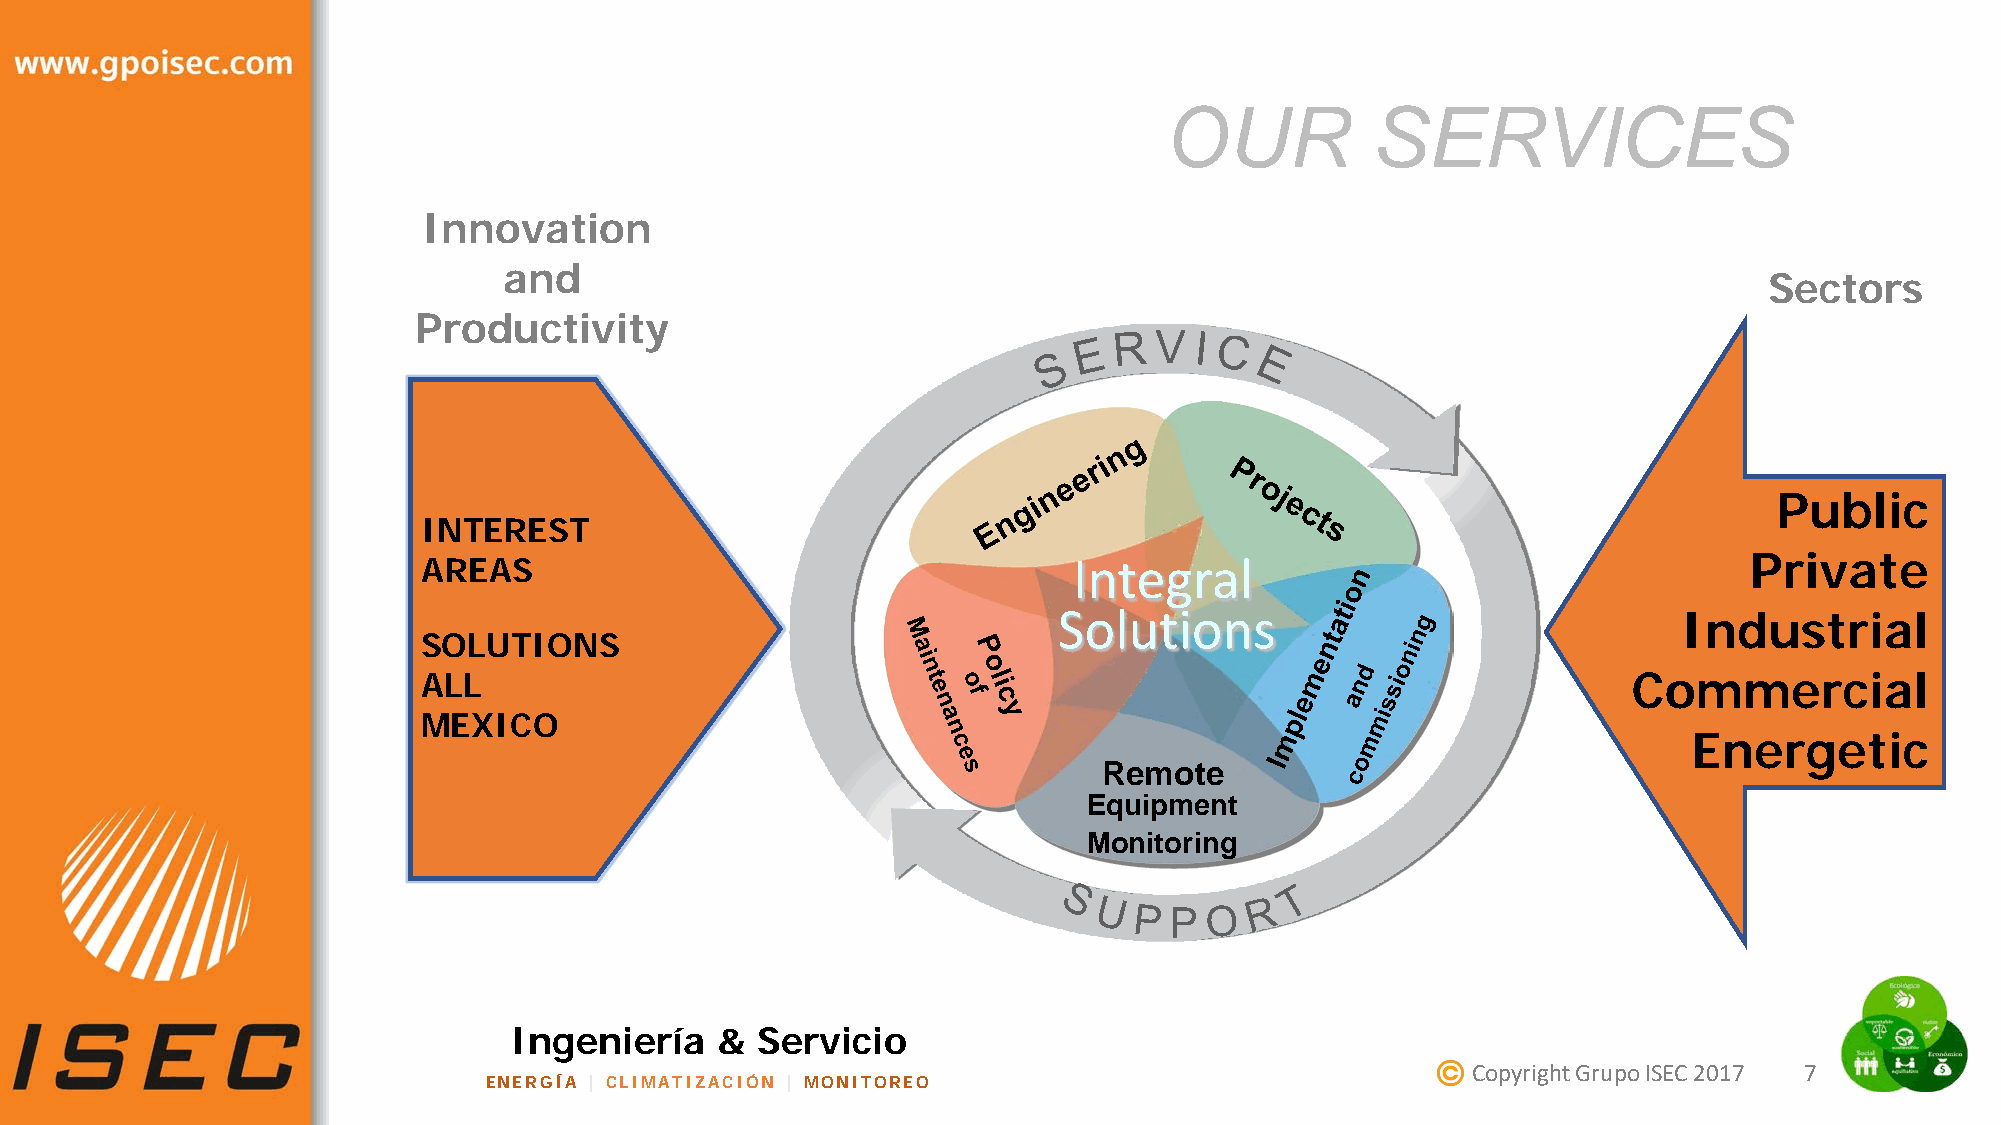
OUR           SERVICES
 Innovation
 and
 Sectors
 Productivity
 Public
 INTEREST
 AREAS                                      Integral                                     Private
 Solutions
 Industrial
 SOLUTIONS
 ALL                                                                             Commercial
 MEXICO
 Energetic
 Remote
 Equipment
 Monitoring
 Ingeniería   &  Servicio
 Copyright Grupo ISEC 2017 7
 ENERGÍA | CLIMATIZACIÓN | MONITOREO